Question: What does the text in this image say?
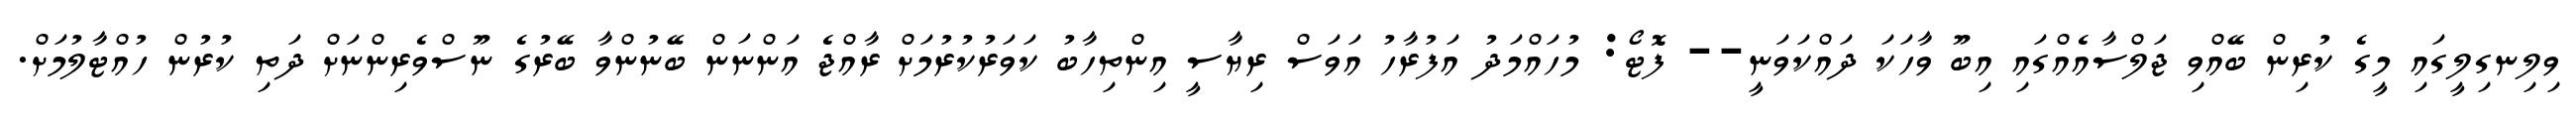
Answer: ވިލިނގިލީގައި މީގެ ކުރިން ބޭއްވި ޖަލްސާއެއްގައި އިބޫ ވާހަކަ ދައްކަވަނީ-- ފޮޓޯ: މުހައްމަދު އަފުރާހު އަވަސް ރިޔާސީ އިންތިހާބު ކަވަރުކުރުމަށް ރާއްޖެ އަންނަން ބޭނުންވާ ބޭރުގެ ނޫސްވެރިންނަށް ދަތި ކުރުން ހުއްޓާލުމަށް.